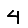
Digit: 4